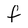
Character: f